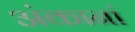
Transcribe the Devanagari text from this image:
अंकानां